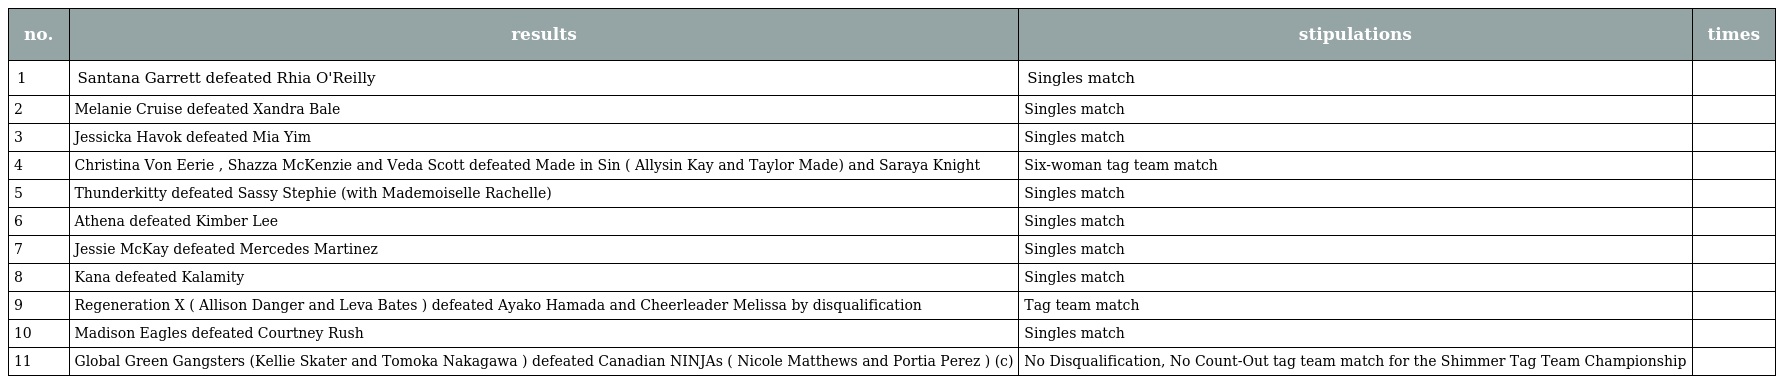
| no. | results | stipulations | times |
 | --- | --- | --- | --- |
 | 1 | Santana Garrett defeated Rhia O'Reilly | Singles match |  |
 | 2 | Melanie Cruise defeated Xandra Bale | Singles match |  |
 | 3 | Jessicka Havok defeated Mia Yim | Singles match |  |
 | 4 | Christina Von Eerie , Shazza McKenzie and Veda Scott defeated Made in Sin ( Allysin Kay and Taylor Made) and Saraya Knight | Six-woman tag team match |  |
 | 5 | Thunderkitty defeated Sassy Stephie (with Mademoiselle Rachelle) | Singles match |  |
 | 6 | Athena defeated Kimber Lee | Singles match |  |
 | 7 | Jessie McKay defeated Mercedes Martinez | Singles match |  |
 | 8 | Kana defeated Kalamity | Singles match |  |
 | 9 | Regeneration X ( Allison Danger and Leva Bates ) defeated Ayako Hamada and Cheerleader Melissa by disqualification | Tag team match |  |
 | 10 | Madison Eagles defeated Courtney Rush | Singles match |  |
 | 11 | Global Green Gangsters (Kellie Skater and Tomoka Nakagawa ) defeated Canadian NINJAs ( Nicole Matthews and Portia Perez ) (c) | No Disqualification, No Count-Out tag team match for the Shimmer Tag Team Championship |  |